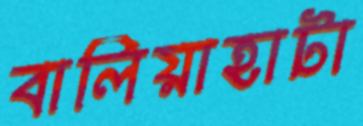
বালিয়াহাটা